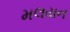
મલયન